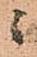
ニ